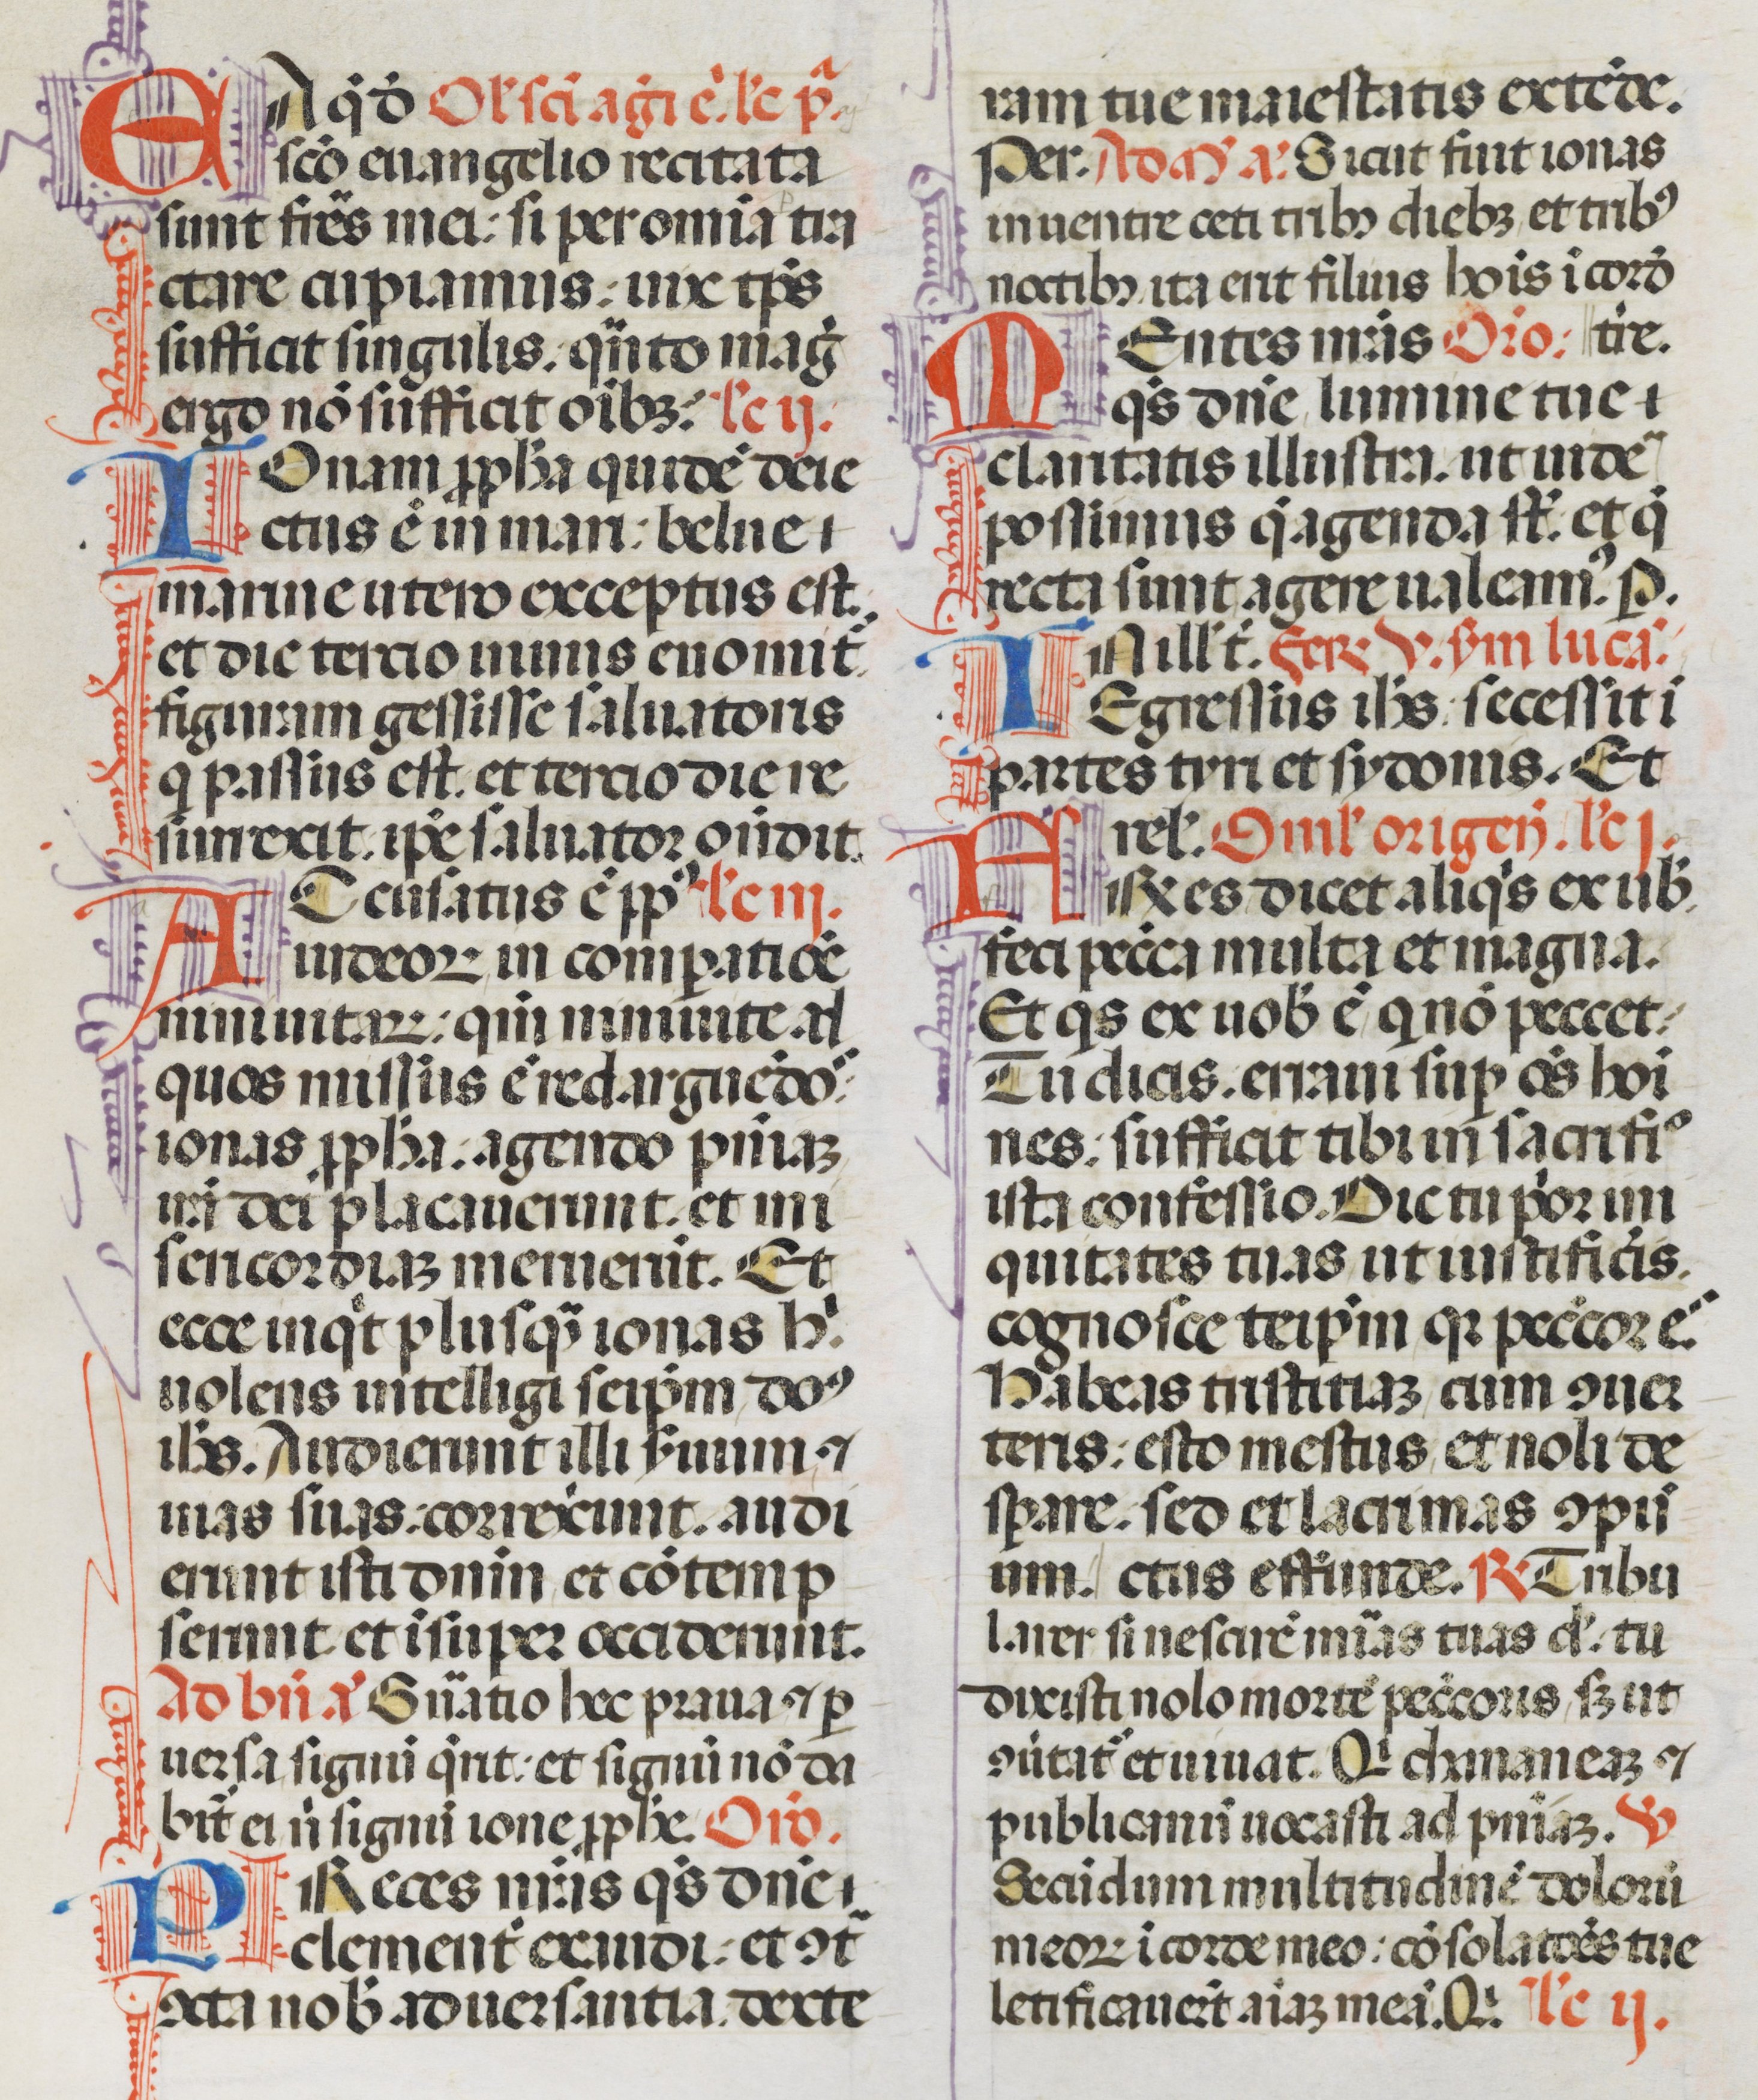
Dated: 1470–1471